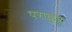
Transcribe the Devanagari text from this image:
पराकुंश